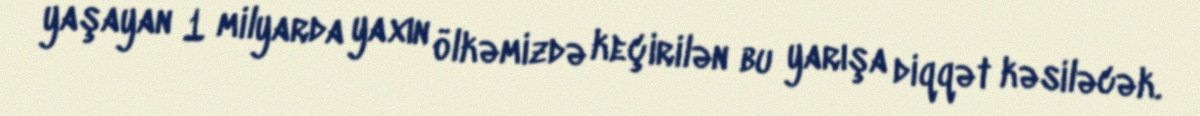
yaşayan 1 milyarda yaxın ölkəmizdə keçirilən bu yarışa diqqət kəsiləcək.